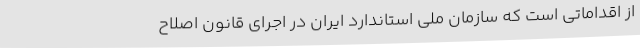
از اقداماتی است که سازمان ملی استاندارد ایران در اجرای قانون اصلاح